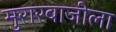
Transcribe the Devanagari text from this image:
मुरारबाजीला